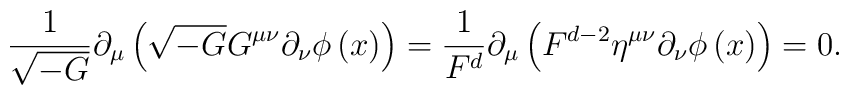
\frac 1{\sqrt{-G}}\partial _\mu \left( \sqrt{-G}G^{\mu \nu }\partial _\nu\phi \left( x\right) \right) =\frac 1{F^d}\partial _\mu \left( F^{d-2}\eta^{\mu \nu }\partial _\nu \phi \left( x\right) \right) =0.